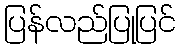
ပြန်လည်ပြုပြင်